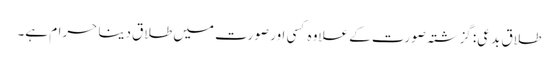
طلاق بدعی: گزشتہ صورت کے علاوہ کسی اور صورت میں طلاق دینا حرام ہے۔